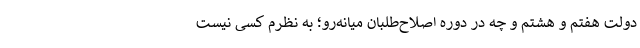
دولت هفتم و هشتم و چه در دوره اصلاح‌طلبان میانه‌رو؛ به نظرم کسی نیست